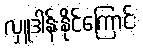
လှူဒါန်းနိုင်ကြောင်း